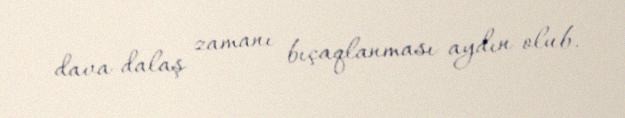
dava-dalaş zamanı bıçaqlanması aydın olub.